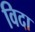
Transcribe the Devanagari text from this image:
विदा